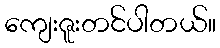
ကျေးဇူးတင်ပါတယ်။